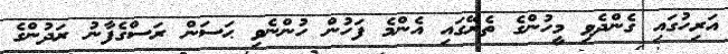
އަރިހުގައި ގެންދެވި މީހުންގެ ތެރޭގައި އެންމެ ފަހުން ހުންނެވި ޙަސަން ރަސްގެފާނު ރަދުންގެ